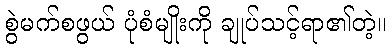
စွဲမက်စဖွယ် ပုံစံမျိုးကို ချုပ်သင့်ရာ၏တဲ့။